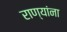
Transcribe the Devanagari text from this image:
राण्यांना